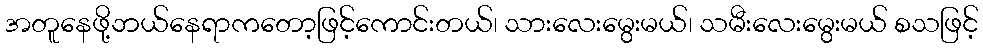
အတူနေဖို့ဘယ်နေရာကတော့ဖြင့်ကောင်းတယ်၊ သားလေးမွေးမယ်၊ သမီးလေးမွေးမယ် စသဖြင့်